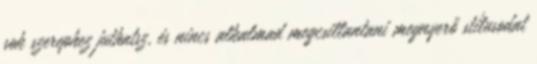
sok szerephez juthatsz, és nincs alkalmad megcsillantani megnyerő stílusodat